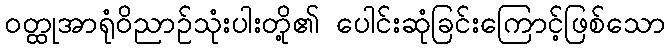
ဝတ္ထုအာရုံဝိညာဉ်သုံးပါးတို့၏ ပေါင်းဆုံခြင်းကြောင့်ဖြစ်သော